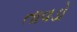
તાવડો